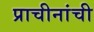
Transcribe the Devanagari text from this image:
प्राचीनांची